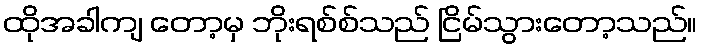
ထိုအခါကျ တော့မှ ဘိုးရစ်စ်သည် ငြိမ်သွားတော့သည်။